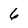
Character: 6